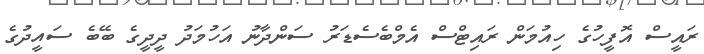
ރައީސް އޮފީހުގެ ހިއުމަން ރައިޓްސް އެމްބެސެޑަރު ސަންދާނު އަހުމަދު ދީދީގެ ބޭބެ ސައީދުގެ